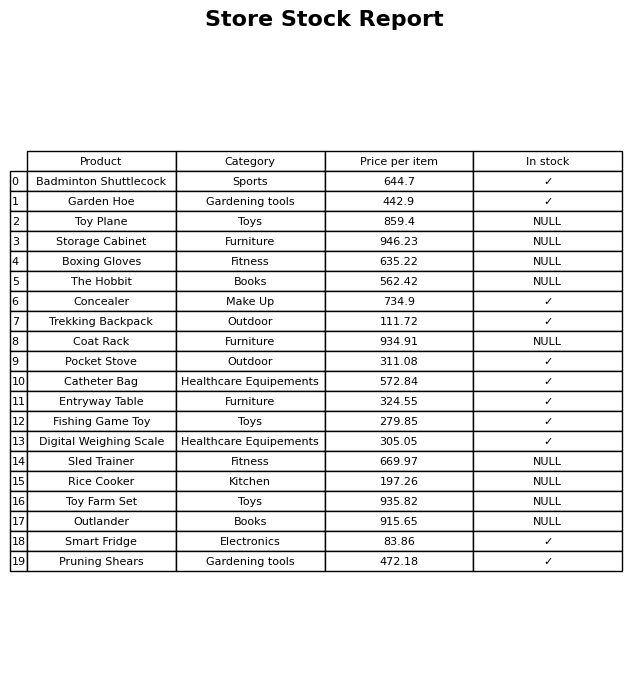
question: What is the price of the Sled Trainer?
answer: The price of Sled Trainer is 669.97.